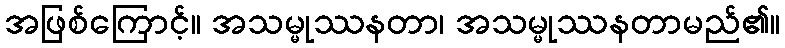
အဖြစ်ကြောင့်။ အသမ္မုဿနတာ၊ အသမ္မုဿနတာမည်၏။